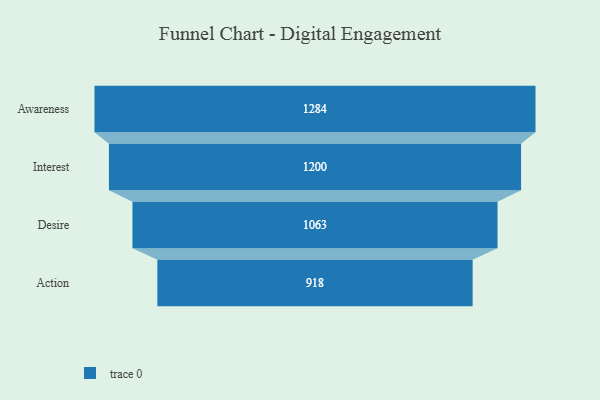
{"axis": {"x": "Stage", "y": "Value"}, "legend": [""], "data": [{"x": "Awareness", "y": 1284.0, "type": ""}, {"x": "Interest", "y": 1200.0, "type": ""}, {"x": "Desire", "y": 1063.0, "type": ""}, {"x": "Action", "y": 918.0, "type": ""}]}